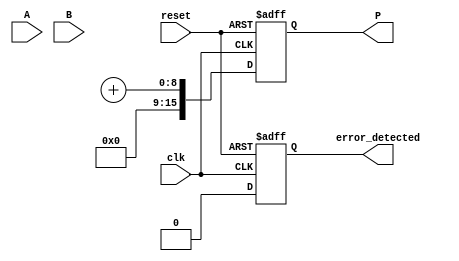
module FaultTolerantWallaceTreeMultiplier #(parameter N = 8) (
    input  wire [N-1:0] A,
    input  wire [N-1:0] B,
    input  wire clk,
    input  wire reset,
    output reg [2*N-1:0] P,
    output reg error_detected
);
    // Generate partial products
    wire [N-1:0] pp [N-1:0]; // Partial products
    wire [N-1:0] pp_red [N-1:0]; // Redundant partial products

    genvar i, j;
    generate
        for (i = 0; i < N; i = i + 1) begin : PARTIAL_PRODUCTS
            for (j = 0; j < N; j = j + 1) begin : AND_GATE
                assign pp[i][j] = A[i] & B[j];            // Primary Partial Products
                assign pp_red[i][j] = A[i] & ~B[j];       // Redundant Partial Products (A with B')
            end
        end
    endgenerate

    // Wallace Tree Reduction
    wire [N-1:0] sum [2*N-2:0]; // Sum outputs from CSAs
    wire [N-1:0] carry [2*N-2:0]; // Carry outputs from CSAs

    // Carry-Save Adder (CSA)
    generate
        for (i = 0; i < N; i = i + 1) begin : CSA
            // For simplicity, let's assume every CSA reduces 3 inputs to 2.
            // In practice, you may need more sophisticated logic.
            if (i < N-1) begin
                assign {carry[i], sum[i]} = pp[i] + pp[i+1] + pp[i+2]; // Example: 3-input CSA
            end
        end
    endgenerate

    // Final Addition using Carry-Lookahead Adder or similar
    wire [2*N-1:0] final_sum;
    wire final_carry;

    // A simple addition to combine the last CSA outputs
    assign {final_carry, final_sum} = sum[N-1] + carry[N-1];

    // Output assignment
    always @(posedge clk or posedge reset) begin
        if (reset) begin
            P <= 0;
            error_detected <= 0;
        end else begin
            P <= final_sum; // Final product
            error_detected <= (final_carry != 0); // Simple error detection logic
        end
    end
endmodule